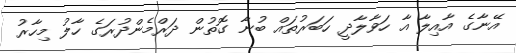
އޭނާގެ އާއިލާ އާ ހަވާލާދީ ހަބަރުތައް ބުނާ ގޮތުން ދަރްމެންދުރަގެ ހާލު މިހާރު